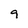
Character: 9